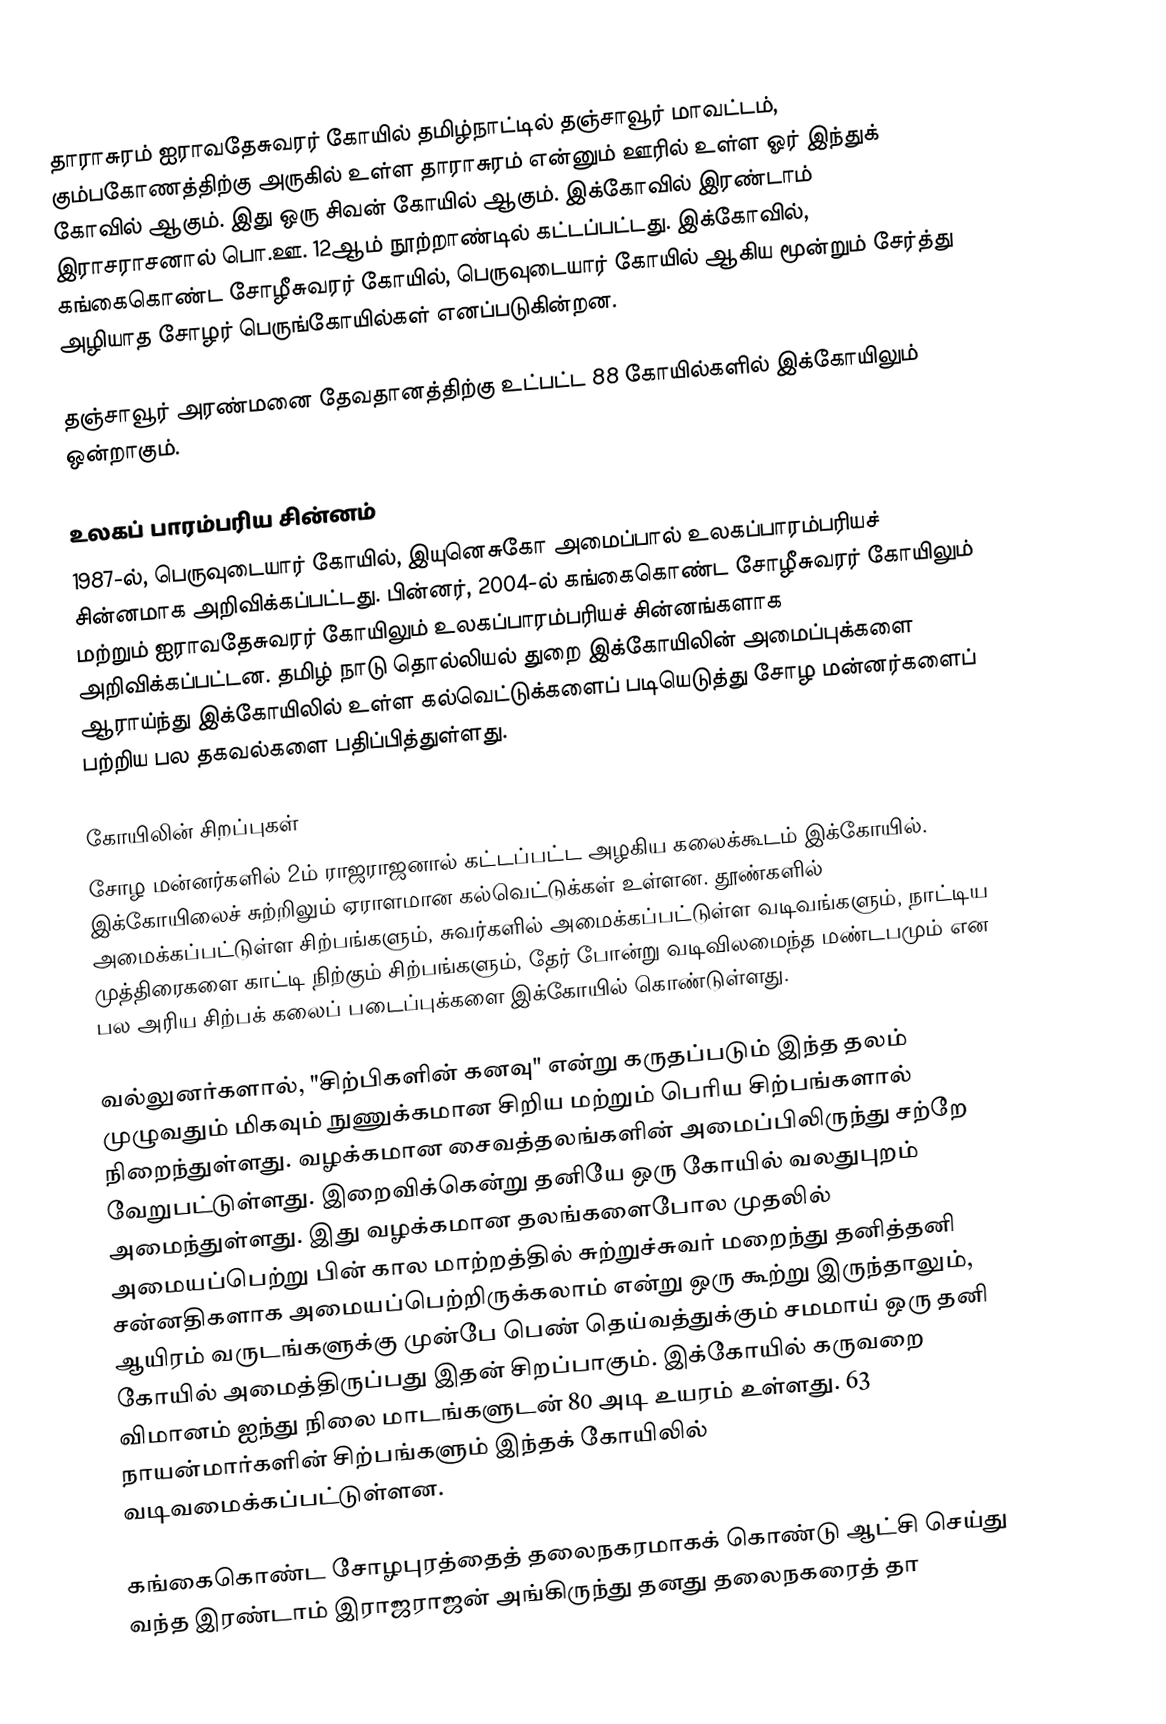
தாராசுரம் ஐராவதேசுவரர் கோயில் தமிழ்நாட்டில் தஞ்சாவூர் மாவட்டம், கும்பகோணத்திற்கு அருகில் உள்ள தாராசுரம் என்னும் ஊரில் உள்ள ஓர் இந்துக் கோவில் ஆகும். இது ஒரு சிவன் கோயில் ஆகும். இக்கோவில் இரண்டாம் இராசராசனால் பொ.ஊ. 12ஆம் நூற்றாண்டில் கட்டப்பட்டது. இக்கோவில், கங்கைகொண்ட சோழீசுவரர் கோயில், பெருவுடையார் கோயில் ஆகிய மூன்றும் சேர்த்து அழியாத சோழர் பெருங்கோயில்கள் எனப்படுகின்றன.

தஞ்சாவூர் அரண்மனை தேவதானத்திற்கு  உட்பட்ட 88 கோயில்களில் இக்கோயிலும் ஒன்றாகும்.

உலகப் பாரம்பரிய சின்னம்
1987-ல், பெருவுடையார் கோயில், இயுனெசுகோ அமைப்பால் உலகப்பாரம்பரியச் சின்னமாக அறிவிக்கப்பட்டது. பின்னர், 2004-ல் கங்கைகொண்ட சோழீசுவரர் கோயிலும் மற்றும் ஐராவதேசுவரர் கோயிலும் உலகப்பாரம்பரியச் சின்னங்களாக அறிவிக்கப்பட்டன. தமிழ் நாடு தொல்லியல் துறை இக்கோயிலின் அமைப்புக்களை ஆராய்ந்து இக்கோயிலில் உள்ள கல்வெட்டுக்களைப் படியெடுத்து சோழ மன்னர்களைப் பற்றிய பல தகவல்களை பதிப்பித்துள்ளது.

கோயிலின் சிறப்புகள்
சோழ மன்னர்களில் 2ம் ராஜராஜனால் கட்டப்பட்ட அழகிய கலைக்கூடம் இக்கோயில். இக்கோயிலைச் சுற்றிலும் ஏராளமான கல்வெட்டுக்கள் உள்ளன. தூண்களில் அமைக்கப்பட்டுள்ள சிற்பங்களும், சுவர்களில் அமைக்கப்பட்டுள்ள வடிவங்களும், நாட்டிய முத்திரைகளை காட்டி நிற்கும் சிற்பங்களும், தேர் போன்று வடிவிலமைந்த மண்டபமும் என பல அரிய சிற்பக் கலைப் படைப்புக்களை இக்கோயில் கொண்டுள்ளது.

வல்லுனர்களால், "சிற்பிகளின் கனவு" என்று கருதப்படும் இந்த தலம் முழுவதும் மிகவும் நுணுக்கமான சிறிய மற்றும் பெரிய சிற்பங்களால் நிறைந்துள்ளது. வழக்கமான சைவத்தலங்களின் அமைப்பிலிருந்து சற்றே வேறுபட்டுள்ளது. இறைவிக்கென்று தனியே ஒரு கோயில் வலதுபுறம் அமைந்துள்ளது. இது வழக்கமான தலங்களைபோல முதலில் அமையப்பெற்று பின் கால மாற்றத்தில் சுற்றுச்சுவர் மறைந்து தனித்தனி சன்னதிகளாக அமையப்பெற்றிருக்கலாம் என்று ஒரு கூற்று இருந்தாலும், ஆயிரம் வருடங்களுக்கு முன்பே பெண் தெய்வத்துக்கும் சமமாய் ஒரு தனி கோயில் அமைத்திருப்பது இதன் சிறப்பாகும். இக்கோயில் கருவறை விமானம் ஐந்து நிலை மாடங்களுடன் 80 அடி உயரம் உள்ளது. 63 நாயன்மார்களின் சிற்பங்களும் இந்தக் கோயிலில் வடிவமைக்கப்பட்டுள்ளன.

கங்கைகொண்ட சோழபுரத்தைத் தலைநகரமாகக் கொண்டு ஆட்சி செய்து வந்த இரண்டாம் இராஜராஜன் அங்கிருந்து தனது தலைநகரைத் தா